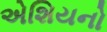
એશિયનો